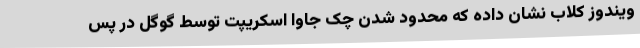
ویندوز کلاب نشان داده که محدود شدن چک جاوا اسکریپت توسط گوگل در پس